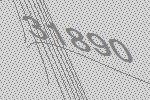
31890